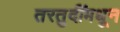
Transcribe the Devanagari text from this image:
तरतुदींमधून